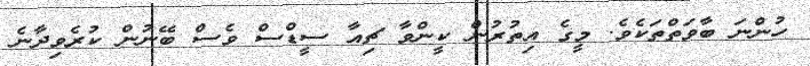
ހުންނަ ބާވަތްތަކެވެ. މީގެ އިތުރުން ކީންވާ ޗިއާ ސީޑްސް ވެސް ބޭނުން ކުރެވިދާނެ